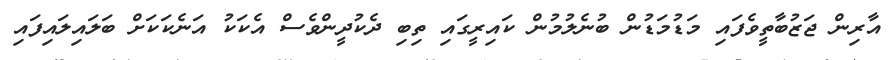
އާރިން ޖަޒުބާތީވެފައި މަޑުމަޑުން ބުނެލުމުން ކައިރީގައި ތިބި ދެކުދީންވެސް އެކަކު އަނެކަކަށް ބަލައިލައިފައި